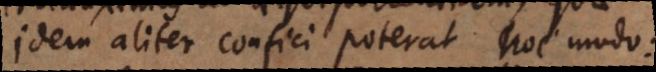
Idem aliter confici poterat hoc modo: